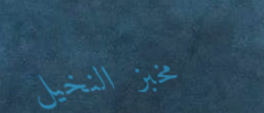
مخبز النخيل